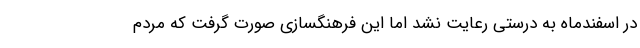
در اسفندماه به درستی رعایت نشد اما این فرهنگسازی صورت گرفت که مردم